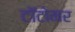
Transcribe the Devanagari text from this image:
टॉटोमर